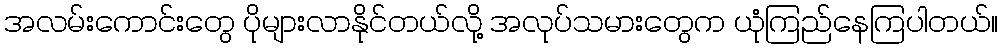
အလမ်းကောင်းတွေ ပိုများလာနိုင်တယ်လို့ အလုပ်သမားတွေက ယုံကြည်နေကြပါတယ်။